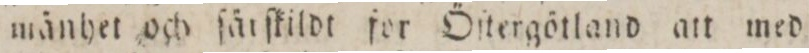
mänhet och ſär ſkildt for Öſtergötland att med